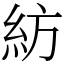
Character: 紡